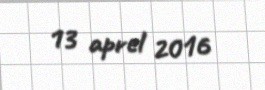
13 aprel 2016